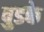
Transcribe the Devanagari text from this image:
बुडके